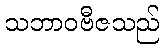
သဘာဝဗီဇသည်